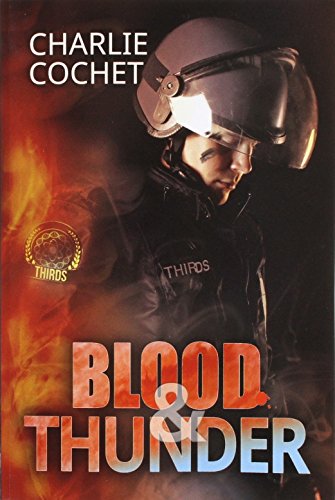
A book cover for Blood & Thunder; Charlie Cochet; Romance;